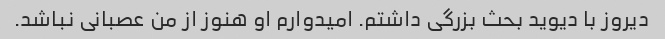
دیروز با دیوید بحث بزرگی داشتم. امیدوارم او هنوز از من عصبانی نباشد.